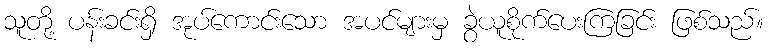
သူတို့ ပန်းခင်းရှိ အုပ်ကောင်းသော အပင်များမှ ခွဲယူစိုက်ပေးကြခြင်း ဖြစ်သည်။